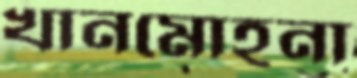
খানমোহনা